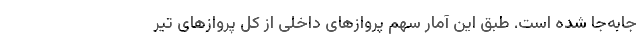
جابه‌جا شده است. طبق این آمار سهم پروازهای داخلی از کل پروازهای تیر